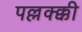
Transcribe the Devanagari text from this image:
पल्लक्क्की